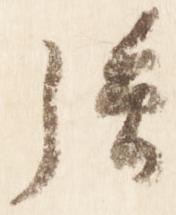
強